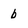
Character: b